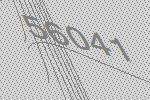
56041